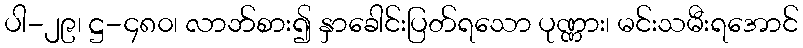
ပါ-၂၉၊ ဋ္ဌ-၄၈၀၊ လာဘ်စား၍ နှာခေါင်းပြတ်ရသော ပုဏ္ဏား၊ မင်းသမီးရအောင်